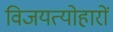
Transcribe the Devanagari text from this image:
विजयत्योहारों